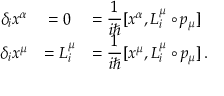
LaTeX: \begin{array} { r c l } { { \delta _ { i } x ^ { \alpha } } } & { { = 0 } } & { { = \displaystyle \frac { 1 } { i \hbar } [ x ^ { \alpha } , L _ { i } ^ { \mu } \circ p _ { \mu } ] } } \\ { { \delta _ { i } x ^ { \mu } } } & { { = L _ { i } ^ { \mu } } } & { { = \displaystyle \frac { 1 } { i \hbar } [ x ^ { \mu } , L _ { i } ^ { \mu } \circ p _ { \mu } ] \, . } } \end{array}